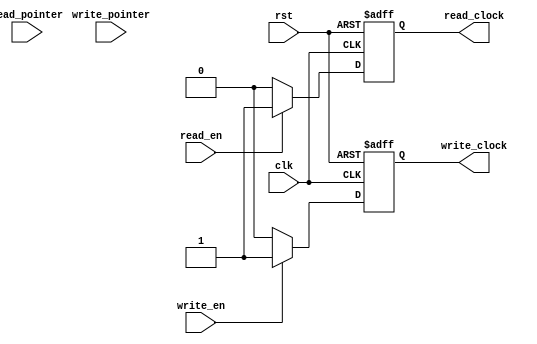
module fifo_timing_control (
    input wire clk,
    input wire rst,
    input wire read_en,
    input wire write_en,
    input wire read_pointer,
    input wire write_pointer,
    output reg read_clock,
    output reg write_clock
);

always @(posedge clk or posedge rst) begin
    if (rst) begin
        read_clock <= 1'b0;
        write_clock <= 1'b0;
    end else begin
        if (read_en) begin
            read_clock <= 1'b1;
        end else begin
            read_clock <= 1'b0;
        end
        
        if (write_en) begin
            write_clock <= 1'b1;
        end else begin
            write_clock <= 1'b0;
        end
    end
end

endmodule